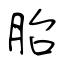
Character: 胎